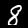
Digit: 8